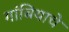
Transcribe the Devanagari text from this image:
गांबियाचे